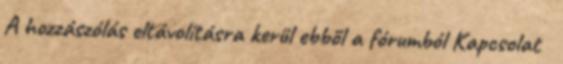
A hozzászólás eltávolításra kerül ebből a fórumból Kapcsolat